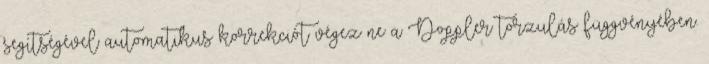
segítségével automatikus korrekciót végez ne a Doppler torzulás függvényében.